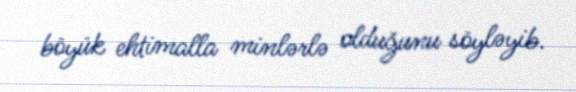
böyük ehtimalla minlərlə olduğunu söyləyib.